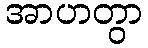
အာဟတွာ